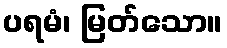
ပရမံ၊ မြတ်သော။